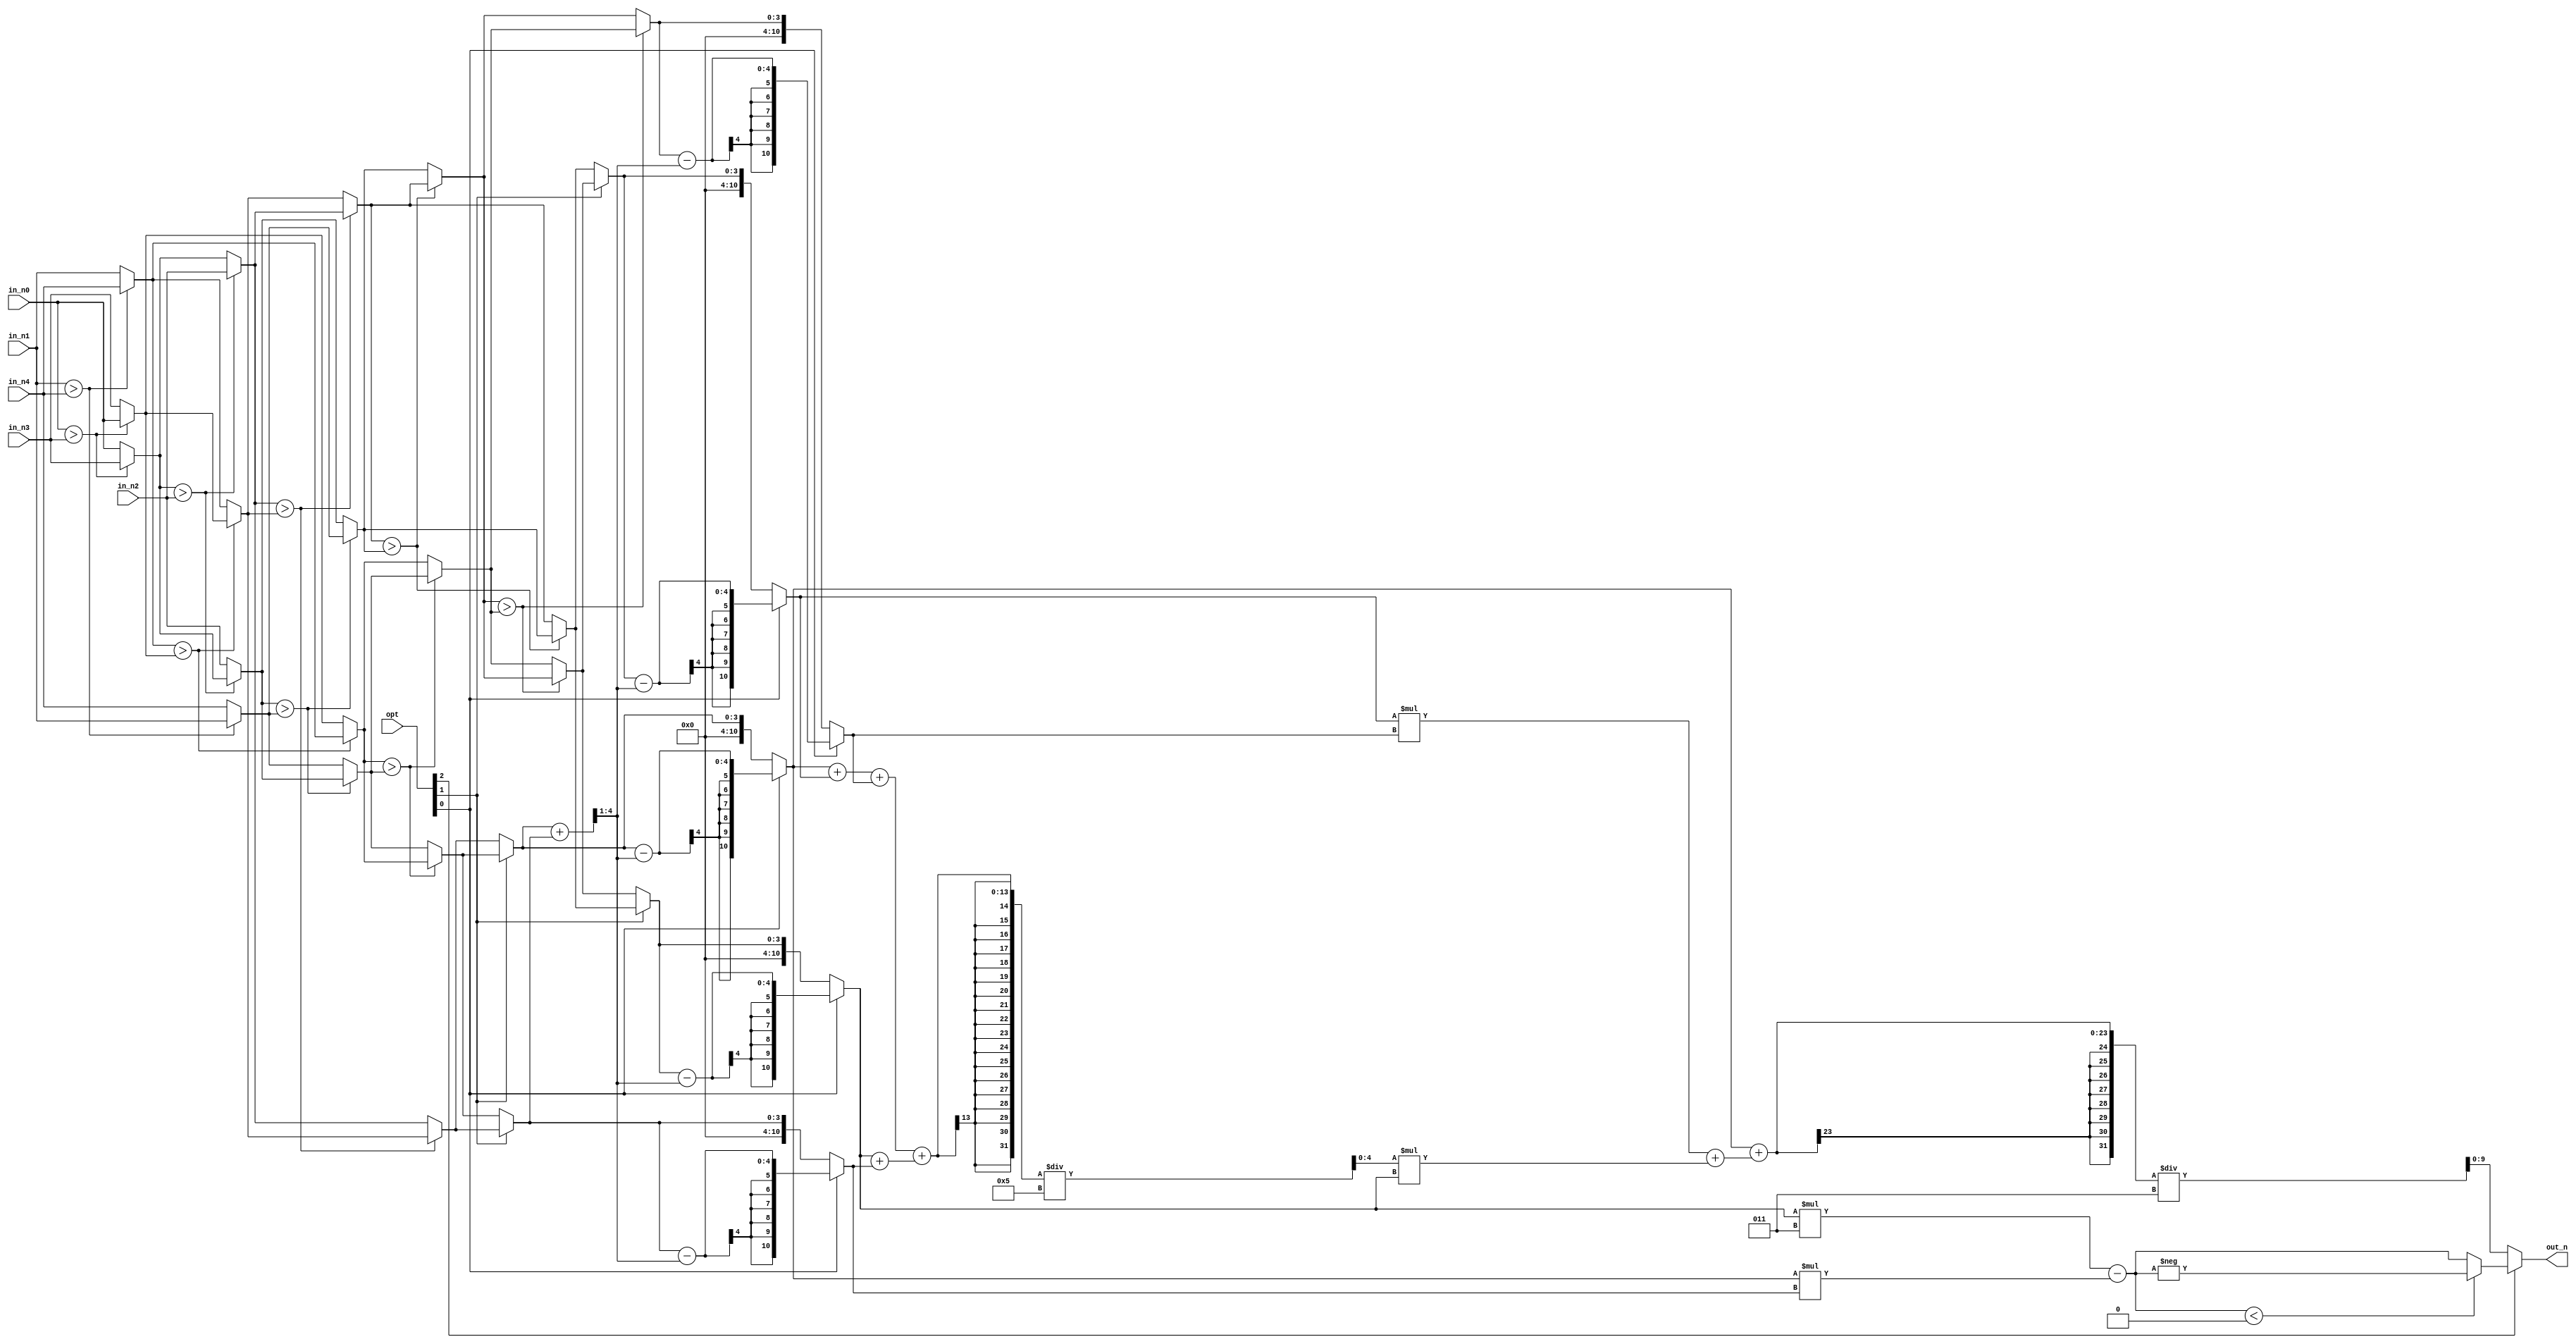
//############################################################################
//++++++++++++++++++++++++++++++++++++++++++++++++++++++++++++++++++++++++++++
//   (C) Copyright Laboratory System Integration and Silicon Implementation
//   All Right Reserved
//++++++++++++++++++++++++++++++++++++++++++++++++++++++++++++++++++++++++++++
//
//   ICLAB 2024 Spring
//   Lab01 Exercise		: Code Calculator
//
//++++++++++++++++++++++++++++++++++++++++++++++++++++++++++++++++++++++++++++
//
//   Module Name : CC
//   Release version : V1.0 (Release Date: 2024-02)
//
//++++++++++++++++++++++++++++++++++++++++++++++++++++++++++++++++++++++++++++
//############################################################################


module CC(
  // Input signals
    opt,
    in_n0, in_n1, in_n2, in_n3, in_n4,  
  // Output signals
    out_n
);

//================================================================
//   INPUT AND OUTPUT DECLARATION                         
//================================================================
input [3:0] in_n0, in_n1, in_n2, in_n3, in_n4;
input [2:0] opt;
wire [3:0] sorted_n0, sorted_n1, sorted_n2, sorted_n3, sorted_n4;
wire [3:0] a0, a1, a2, a3, a4, normalize_num;
wire [4:0] normalize_sum;
wire signed [4:0] avg;
wire signed [10:0] b0, b1, b2, b3, b4;
wire [9:0] eq0;
wire signed[9:0] eq1;
wire [9:0]_eq1;
output  [9:0] out_n;         					

//Sort U0(in_n0, in_n1, in_n2, in_n3, in_n4, sorted_n0, sorted_n1, sorted_n2, sorted_n3, sorted_n4);


wire [3:0] a[3:0], b[3:0], c[3:0], d[3:0], e[1:0];

assign a[0] = (in_n0 > in_n3)?in_n3 : in_n0; //0
assign a[1] = (in_n0 > in_n3)?in_n0 : in_n3; //3
assign a[2] = (in_n1 > in_n4)?in_n4 : in_n1; //1
assign a[3] = (in_n1 > in_n4)?in_n1 : in_n4; //4

assign b[0] = (a[0] > in_n2)?in_n2 : a[0]; //0
assign b[1] = (a[0] > in_n2)?a[0] : in_n2; //2
assign b[2] = (a[2] > a[1])?a[1] : a[2]; //1
assign b[3] = (a[2] > a[1])?a[2] : a[1]; //3

assign c[0] = (b[0] > b[2])?b[2] : b[0]; //0
assign c[1] = (b[0] > b[2])?b[0] : b[2]; //1
assign c[2] = (b[1] > a[3])?a[3] : b[1]; //2
assign c[3] = (b[1] > a[3])?b[1] : a[3]; //4

assign d[0] = (c[1] > c[2])?c[2] : c[1]; //1
assign d[1] = (c[1] > c[2])?c[1] : c[2]; //2
assign d[2] = (b[3] > c[3])?c[3] : b[3]; //3
assign d[3] = (b[3] > c[3])?b[3] : c[3]; //4

assign e[0] = (d[1] > d[2])?d[2] : d[1]; //2
assign e[1] = (d[1] > d[2])?d[1] : d[2]; //3

assign sorted_n0 = c[0];
assign sorted_n1 = d[0];
assign sorted_n2 = e[0];
assign sorted_n3 = e[1];
assign sorted_n4 = d[3];



assign a0 = (opt[1])?sorted_n4 : sorted_n0;
assign a1 = (opt[1])?sorted_n3 : sorted_n1;
assign a2 = sorted_n2;
assign a3 = (opt[1])?sorted_n1 : sorted_n3;
assign a4 = (opt[1])?sorted_n0 : sorted_n4;

assign normalize_sum = a0+a4;
assign normalize_num = normalize_sum[4:1];

assign b0 = (opt[0])?a0-normalize_num : a0;
assign b1 = (opt[0])?a1-normalize_num : a1;
assign b2 = (opt[0])?a2-normalize_num : a2;
assign b3 = (opt[0])?a3-normalize_num : a3;
assign b4 = (opt[0])?a4-normalize_num : a4;

assign avg = ((b0 + b1 + b2) + (b3 + b4))/5; 
assign eq1 = b3 * 3 - b0 * b4;
assign eq0 = (b0 + (b1 * b2 + avg * b3))/3;
//assign _eq1 = (eq1[9])?((~eq1)+10'b1) : eq1;
assign _eq1 = (eq1<0)?(-eq1) : eq1;
assign out_n = (opt[2])?_eq1 : eq0;
//assign out_n = (opt[2])?(eq1[9])?((~eq1)+10'b1) : eq1 : eq0;

endmodule


/* module Sort(
    in_n0, in_n1, in_n2, in_n3, in_n4,
	sorted_n0, sorted_n1, sorted_n2, sorted_n3, sorted_n4
);

input [3:0]in_n0, in_n1, in_n2, in_n3, in_n4;
output [3:0]sorted_n0, sorted_n1, sorted_n2, sorted_n3, sorted_n4;

wire [3:0] a[3:0], b[3:0], c[3:0], d[3:0], e[1:0];

assign a[0] = (in_n0 > in_n3)?in_n3 : in_n0; //0
assign a[1] = (in_n0 > in_n3)?in_n0 : in_n3; //3
assign a[2] = (in_n1 > in_n4)?in_n4 : in_n1; //1
assign a[3] = (in_n1 > in_n4)?in_n1 : in_n4; //4

assign b[0] = (a[0] > in_n2)?in_n2 : a[0]; //0
assign b[1] = (a[0] > in_n2)?a[0] : in_n2; //2
assign b[2] = (a[2] > a[1])?a[1] : a[2]; //1
assign b[3] = (a[2] > a[1])?a[2] : a[1]; //3

assign c[0] = (b[0] > b[2])?b[2] : b[0]; //0
assign c[1] = (b[0] > b[2])?b[0] : b[2]; //1
assign c[2] = (b[1] > a[3])?a[3] : b[1]; //2
assign c[3] = (b[1] > a[3])?b[1] : a[3]; //4

assign d[0] = (c[1] > c[2])?c[2] : c[1]; //1
assign d[1] = (c[1] > c[2])?c[1] : c[2]; //2
assign d[2] = (b[3] > c[3])?c[3] : b[3]; //3
assign d[3] = (b[3] > c[3])?b[3] : c[3]; //4

assign e[0] = (d[1] > d[2])?d[2] : d[1]; //2
assign e[1] = (d[1] > d[2])?d[1] : d[2]; //3

assign sorted_n0 = c[0];
assign sorted_n1 = d[0];
assign sorted_n2 = e[0];
assign sorted_n3 = e[1];
assign sorted_n4 = d[3];

endmodule */


 /* module BubbleSort(
    in_n0, in_n1, in_n2, in_n3, in_n4,
	sorted_n0, sorted_n1, sorted_n2, sorted_n3, sorted_n4
);

input [3:0]in_n0, in_n1, in_n2, in_n3, in_n4;
output [3:0]sorted_n0, sorted_n1, sorted_n2, sorted_n3, sorted_n4;

wire [3:0]a[7:0], b[5:0], c[3:0], d[1:0];

assign a[0] = (in_n0 > in_n1)?in_n1 : in_n0; //0
assign a[1] = (in_n0 > in_n1)?in_n0 : in_n1; //1
assign a[2] = (a[0] > in_n2)?in_n2 : a[0]; //0
assign a[3] = (a[0] > in_n2)?a[0] : in_n2; //2
assign a[4] = (a[2] > in_n3)?in_n3 : a[2]; //0
assign a[5] = (a[2] > in_n3)?a[2] : in_n3; //3
assign a[6] = (a[4] > in_n4)?in_n4 : a[4]; //0
assign a[7] = (a[4] > in_n4)?a[4] : in_n4; //4
assign sorted_n0 = a[6];

assign b[0] = (a[1] > a[3])?a[3] : a[1]; //1
assign b[1] = (a[1] > a[3])?a[1] : a[3]; //2
assign b[2] = (b[0] > a[5])?a[5] : b[0]; //1
assign b[3] = (b[0] > a[5])?b[0] : a[5]; //3
assign b[4] = (b[2] > a[7])?a[7] : b[2]; //1
assign b[5] = (b[2] > a[7])?b[2] : a[7]; //4
assign sorted_n1 = b[4];

assign c[0] = (b[1] > b[3])?b[3] : b[1]; //2
assign c[1] = (b[1] > b[3])?b[1] : b[3]; //3
assign c[2] = (c[0] > b[5])?b[5] : c[0]; //2
assign c[3] = (c[0] > b[5])?c[0] : b[5]; //4
assign sorted_n2 = c[2];

assign d[0] = (c[1] > c[3])?c[3] : c[1]; //3
assign d[1] = (c[1] > c[3])?c[1] : c[3]; //4
assign sorted_n3 = d[0];
assign sorted_n4 = d[1];

endmodule  */